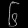
Digit: ၆